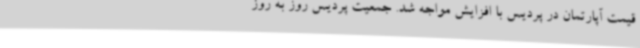
قیمت آپارتمان در پردیس با افزایش مواجه شد. جمعیت پردیس روز به روز